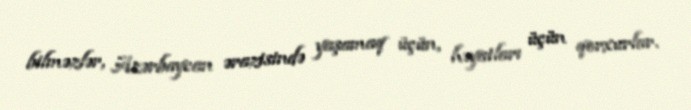
bilməzlər, Azərbaycan ərazisində yaşamaq üçün, həyatları üçün qorxurlar.